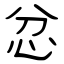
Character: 忿